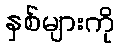
နှစ်များကို